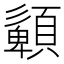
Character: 𩔹